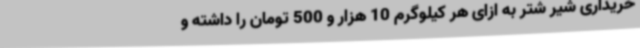
خریداری شیر شتر به ازای هر کیلوگرم 10 هزار و 500 تومان را داشته و